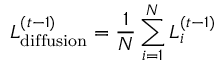
L _ { \mathrm { d i f f u s i o n } } ^ { ( t - 1 ) } = \frac { 1 } { N } \sum _ { i = 1 } ^ { N } L _ { i } ^ { ( t - 1 ) }